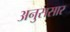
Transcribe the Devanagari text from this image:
अनुससार